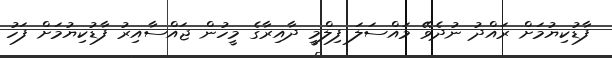
ފާޑުކިޔުމަށް ރައްދު ނުދެވޭ މައްސަލަ ފިލްމީ ދާއިރާގެ މީހުން ޖައްސާއިރު ފާޑުކިޔުމަށް ފަހު